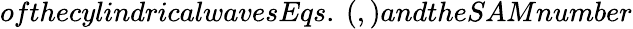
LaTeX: ofthecylindricalwavesEqs.~(,)andtheSAMnumber